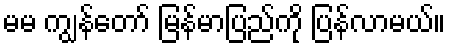
မမ ကျွန်တော် မြန်မာပြည်ကို ပြန်လာမယ်။